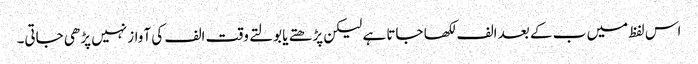
اس لفظ میں ب کے بعد الف لکھا جاتا ہے لیکن پڑھتے یا بولتے وقت الف کی آواز نہیں پڑھی جاتی۔